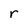
Character: r